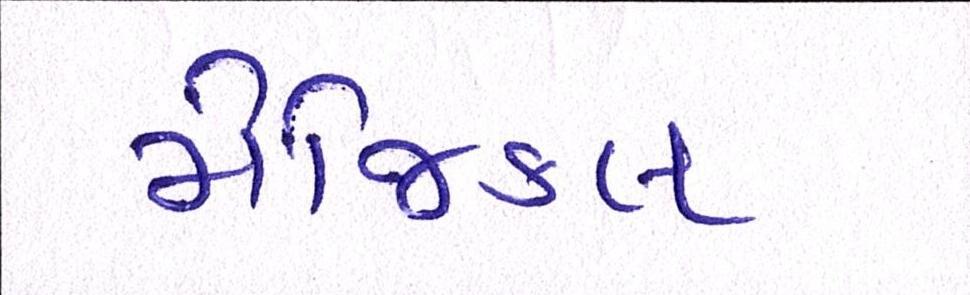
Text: મેજિકલ